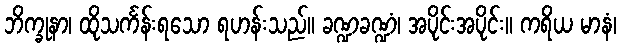
ဘိက္ခုနာ၊ ထိုသင်္ကန်းရသော ရဟန်းသည်။ ခဏ္ဍခဏ္ဍံ၊ အပိုင်းအပိုင်း။ ကရိယ မာနံ၊